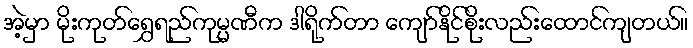
အဲ့မှာ မိုးကုတ်ရွှေရည်ကုမ္မဏီက ဒါရိုက်တာ ကျော်နိုင်စိုးလည်းထောင်ကျတယ်။